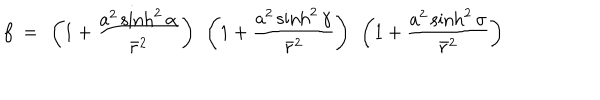
f ~ = ~ \left( 1 + \frac { a ^ { 2 } \sinh ^ { 2 } \alpha } { \bar { r } ^ { 2 } } \right) ~ \left( 1 + \frac { a ^ { 2 } \sinh ^ { 2 } \gamma } { \bar { r } ^ { 2 } } \right) ~ \left( 1 + \frac { a ^ { 2 } \sinh ^ { 2 } \sigma } { \bar { r } ^ { 2 } } \right)